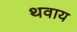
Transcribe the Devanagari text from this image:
थवाय